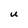
Character: U